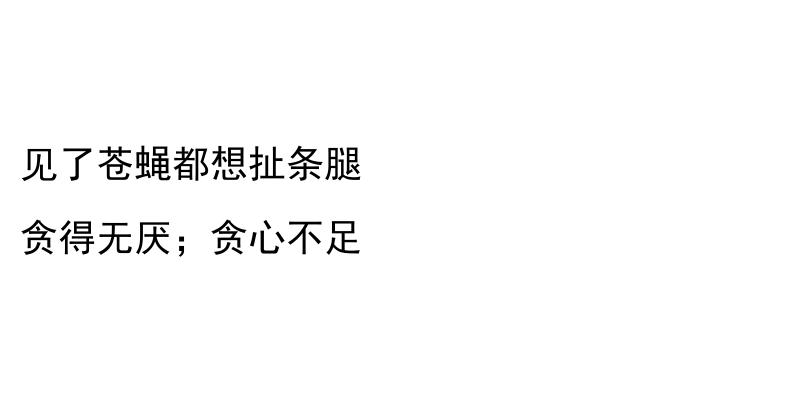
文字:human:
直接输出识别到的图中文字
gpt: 见了苍蝇都想扯条腿 贪得无厌；贪心不足